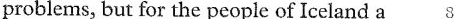
problems, but for the people of Iceland a 8